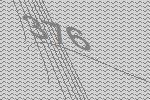
376